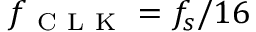
f _ { \mathrm { ~ C ~ L ~ K ~ } } = f _ { s } / 1 6